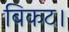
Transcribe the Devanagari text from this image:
बिकट।